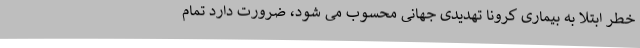
خطر ابتلا به بیماری کرونا تهدیدی جهانی محسوب می شود، ضرورت دارد تمام